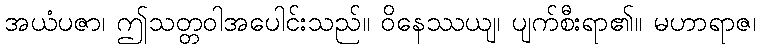
အယံပဇာ၊ ဤသတ္တဝါအပေါင်းသည်။ ဝိနေဿယျ၊ ပျက်စီးရာ၏။ မဟာရာဇ၊